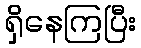
ရှိနေကြပြီး